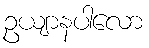
ဥယျာနပါလော